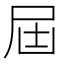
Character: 屆